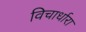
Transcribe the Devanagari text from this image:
विचार्धारा